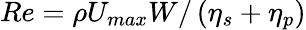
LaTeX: Re=\rho U_{{max}}W/\left(\eta_{s}+\eta_{p}\right)